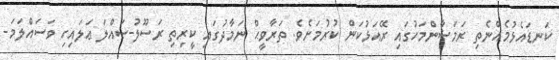
ކަނޑައެޅުމެއްނެތި ރަމަޟާންމަހުގައި ރޭއަޅުކަން ކުރުމަށެވެ. ތަރާވީޙް ނަމާދުގައި ކީރިތި ރަސޫލު-ޞައްލަ ޢަލައިހި ވަސައްލަމަ-